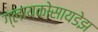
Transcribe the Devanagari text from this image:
ग्लायकोसायडेझ